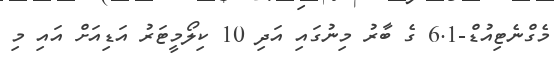
މެގްނެޓިއުޑް-6.1 ގެ ބާރު މިނުގައި އަދި 10 ކިލޯމީޓަރު އަޑިއަށް އައި މި